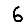
Digit: 6